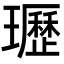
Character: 瓑